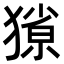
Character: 𭸥